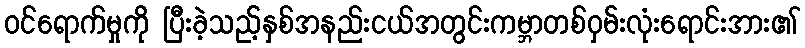
ဝင်ရောက်မှုကို ပြီးခဲ့သည့်နှစ်အနည်းငယ်အတွင်းကမ္ဘာတစ်ဝှမ်းလုံးရောင်းအား၏